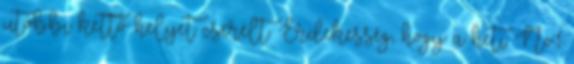
utóbbi kettő helyet cserélt. Érdekesség, hogy a heti No.1